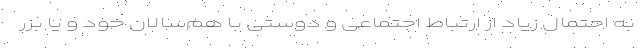
به احتمال زیاد از ارتباط اجتماعی و دوستی با هم‌سالان خود و یا بزر